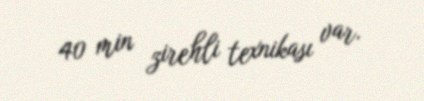
40 min zirehli texnikası var.